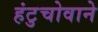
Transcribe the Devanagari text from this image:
हंटुचोवाने